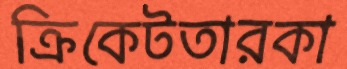
ক্রিকেটতারকা